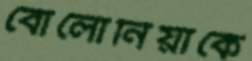
বোলোনিয়াকে